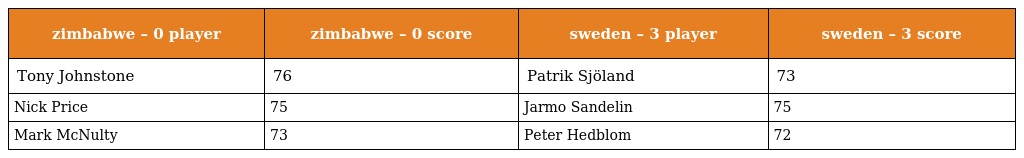
| zimbabwe – 0 player | zimbabwe – 0 score | sweden – 3 player | sweden – 3 score |
 | --- | --- | --- | --- |
 | Tony Johnstone | 76 | Patrik Sjöland | 73 |
 | Nick Price | 75 | Jarmo Sandelin | 75 |
 | Mark McNulty | 73 | Peter Hedblom | 72 |